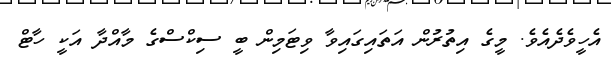
އެހީވެދެއެވެ. މީގެ އިތުރުން އަތައިގައިވާ ވިޓަމިން ބީ ސިކްސްގެ މާއްދާ އަކީ ހާޓް